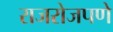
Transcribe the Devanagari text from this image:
राजरोजपणे